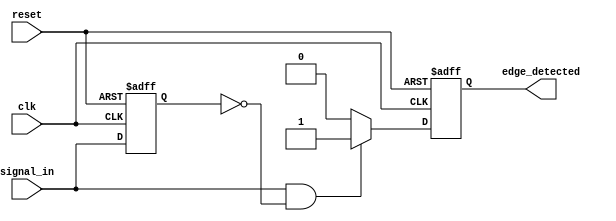
module rising_edge_detector (
    input wire clk,            // Clock signal
    input wire reset,          // Asynchronous reset signal
    input wire signal_in,      // Input signal to detect rising edge
    output reg edge_detected    // Output pulse indicating rising edge
);

// Internal signal to hold the previous state of the input signal
reg signal_in_d;

always @(posedge clk or posedge reset) begin
    if (reset) begin
        // Reset the previous state and output
        signal_in_d <= 1'b0;
        edge_detected <= 1'b0;
    end else begin
        // Capture the current state of the input signal
        signal_in_d <= signal_in;

        // Detect rising edge
        if (signal_in && !signal_in_d) begin
            edge_detected <= 1'b1; // Rising edge detected
        end else begin
            edge_detected <= 1'b0; // No rising edge
        end
    end
end

endmodule